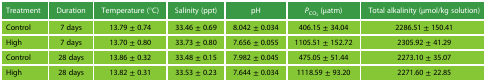
| Treatment | Duration | Temperature (°C) | Salinity (ppt) | pH | PCO2 (μatm) | Total alkalinity (μmol/kg solution) |
 | --- | --- | --- | --- | --- | --- | --- |
 | Control | 7 days | 13.79 ± 0.74 | 33.46 ± 0.69 | 8.042 ± 0.034 | 406.15 ± 34.04 | 2286.51 ± 150.41 |
 | High | 7 days | 13.70 ± 0.80 | 33.73 ± 0.80 | 7.656 ± 0.055 | 1105.51 ± 152.72 | 2305.92 ± 41.29 |
 | Control | 28 days | 13.86 ± 0.32 | 33.48 ± 0.15 | 7.982 ± 0.045 | 475.05 ± 51.44 | 2273.10 ± 35.07 |
 | High | 28 days | 13.82 ± 0.31 | 33.53 ± 0.23 | 7.644 ± 0.034 | 1118.59 ± 93.20 | 2271.60 ± 22.85 |